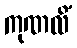
ကုဏလိံ